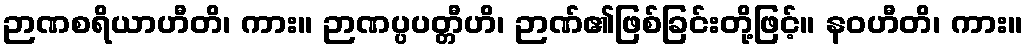
ဉာဏစရိယာဟီတိ၊ ကား။ ဉာဏပ္ပပတ္တီဟိ၊ ဉာဏ်၏ဖြစ်ခြင်းတို့ဖြင့်။ နဝဟီတိ၊ ကား။